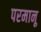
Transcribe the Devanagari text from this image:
परमानू